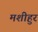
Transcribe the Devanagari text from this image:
मशीहुर